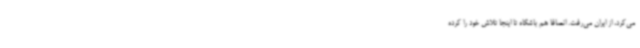
می‌کرد، از ایران می‌رفت. انصافا هم باشگاه تا اینجا تلاش خود را کرده